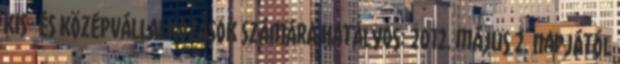
KIS- ÉS KÖZÉPVÁLLALKOZÁSOK SZÁMÁRA Hatályos: 2012. május 2. napjától